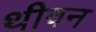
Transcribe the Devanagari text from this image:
थीवन